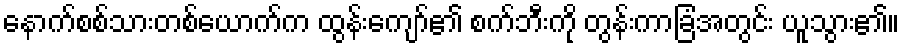
နောက်စစ်သားတစ်ယောက်က ထွန်းကျော်၏ စက်ဘီးကို တွန်းကာခြံအတွင်း ယူသွား၏။